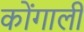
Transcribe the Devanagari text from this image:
कोंगाली